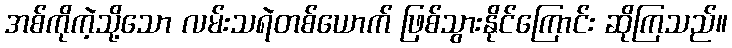
အစ်ကိုကဲ့သို့သော လမ်းသရဲတစ်ယောက် ဖြစ်သွားနိုင်ကြောင်း ဆိုကြသည်။